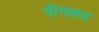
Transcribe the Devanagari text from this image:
रोगरुप